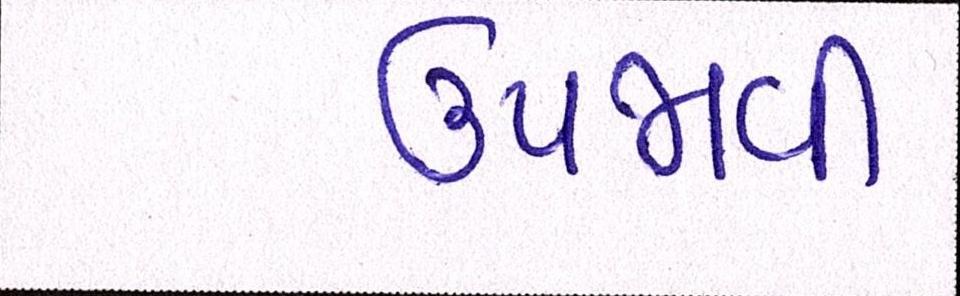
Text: ઉપજાવી